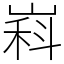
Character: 嵙